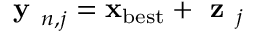
\textbf { y } _ { n , j } = \ensuremath { \mathbf { x } } _ { \mathrm { b e s t } } + \textbf { z } _ { j }